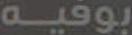
بوفيه